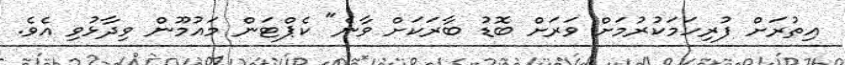
އިތުރަށް ފުރިހަމަކުރުމަށް ވަރަށް ބޮޑު ބާރަކަށް ވާނެ" ކެޕްޓަން މައުމޫން ވިދާޅުވި އެވެ.